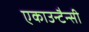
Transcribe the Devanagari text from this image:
एकाउन्टैन्सी